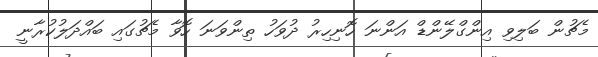
މެޗުން ބަލިވި އިންގްލޭންޑް އަންނަ ހޮނިހިރު ދުވަހު ތިންވަނަ ހޮވާ މެޗުގައި ބައްދަލުކުރާނީ